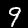
Digit: 9